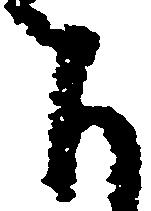
下